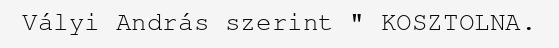
Vályi András szerint " KOSZTOLNA.